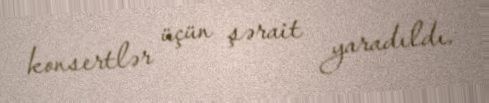
konsertlər üçün şərait yaradıldı.